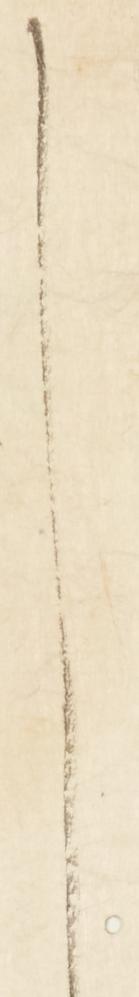
し